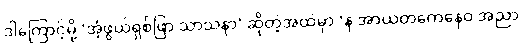
ဒါကြောင့်မို့ ‘အံ့ဖွယ်ရှစ်ဖြာ သာသနာ’ ဆိုတဲ့အထဲမှာ ‘န အာယတကေနေဝ အညာ